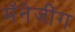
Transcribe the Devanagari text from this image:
मॅनेजींग